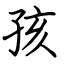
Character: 孩